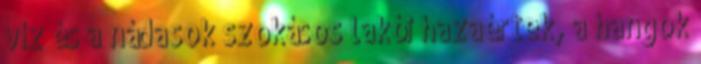
víz és a nádasok szokásos lakói hazaértek, a hangok